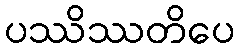
ပဿိဿတိပေ